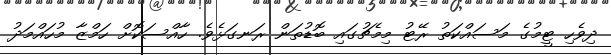
ދިވެހި ޓީމުގެ މަސައްކަތު ރޭޓު މިމެޗުގައި ބޮޑުތަން ރަނގަޅެވެ. ހާއްސަކޮށް ހަމްޒާ މުހައްމަދު